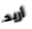
أريد